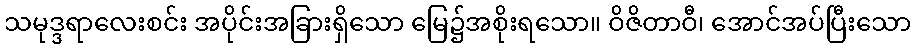
သမုဒ္ဒရာလေးစင်း အပိုင်းအခြားရှိသော မြေ၌အစိုးရသော။ ဝိဇိတာဝီ၊ အောင်အပ်ပြီးသော